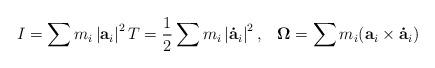
LaTeX: \begin{align*}I=\sum m_{i}\left\vert \mathbf{a}_{i}\right\vert ^{2}T=\frac{1}{2}\sum m_{i}\left\vert \mathbf{\dot{a}}_{i}\right\vert ^{2}\text{,\ \ \ }\mathbf{\Omega}=\sum m_{i}(\mathbf{a}_{i}\times\mathbf{\dot{a}}_{i})\end{align*}